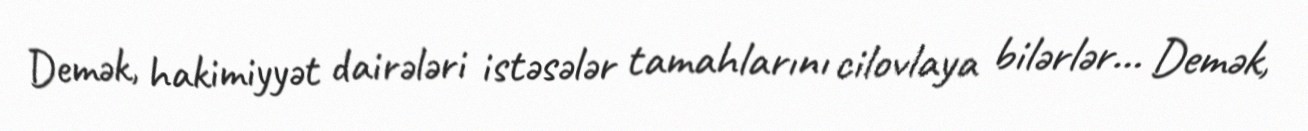
Demək, hakimiyyət dairələri istəsələr tamahlarını cilovlaya bilərlər... Demək,